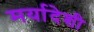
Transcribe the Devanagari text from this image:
मर्यादेशी